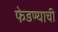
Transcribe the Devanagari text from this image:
फेडण्याची